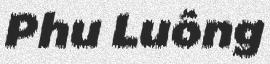
Phu Luông